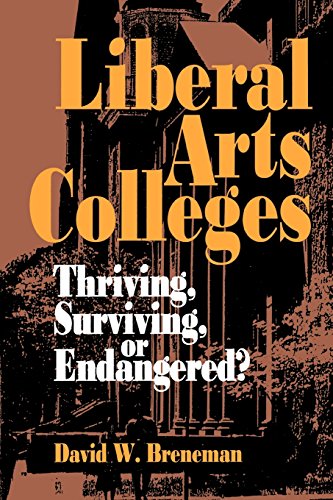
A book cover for Liberal Arts Colleges; David Breneman; Education & Teaching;